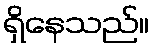
ရှိနေသည်။